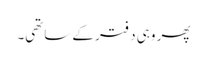
پھر وہی دفتر کے ساتھی۔